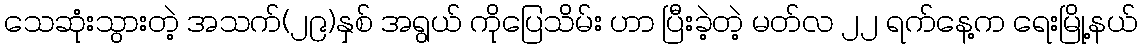
သေဆုံးသွားတဲ့ အသက်(၂၉)နှစ် အရွယ် ကိုပြေသိမ်း ဟာ ပြီးခဲ့တဲ့ မတ်လ ၂၂ ရက်နေ့က ရေးမြို့နယ်